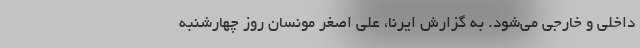
داخلی و خارجی می‌شود. به گزارش ایرنا، علی اصغر مونسان روز چهارشنبه